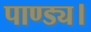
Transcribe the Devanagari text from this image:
पाण्ड्य।